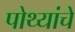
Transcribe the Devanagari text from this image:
पोथ्यांचे